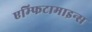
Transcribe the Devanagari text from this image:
एम्फिटामाइन्स